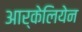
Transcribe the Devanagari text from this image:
आर्केलियेन